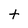
Character: t